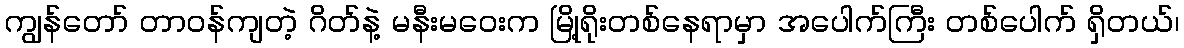
ကျွန်တော် တာဝန်ကျတဲ့ ဂိတ်နဲ့ မနီးမဝေးက မြို့ရိုးတစ်နေရာမှာ အပေါက်ကြီး တစ်ပေါက် ရှိတယ်၊